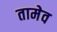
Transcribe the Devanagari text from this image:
तामेव